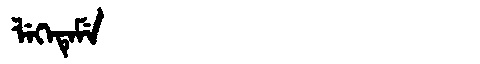
Manchu: ᠯᡝᡴᡝᡨᡝᠮᡝ
Romanization: LEKETEME